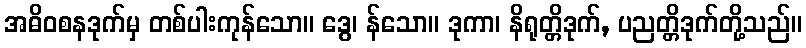
အဓိဝစနဒုက်မှ တစ်ပါးကုန်သော။ ဒွေ၊ န်သော။ ဒုကာ၊ နိရုတ္တိဒုက်, ပညတ္တိဒုက်တို့သည်။